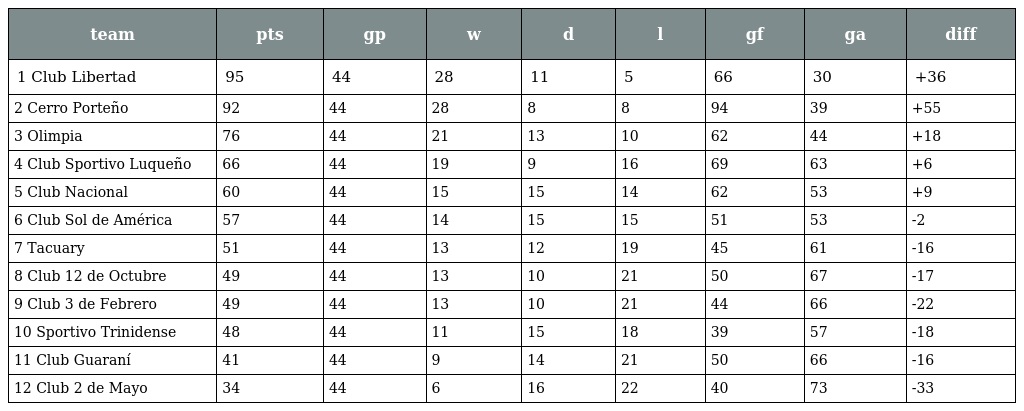
| team | pts | gp | w | d | l | gf | ga | diff |
 | --- | --- | --- | --- | --- | --- | --- | --- | --- |
 | 1 Club Libertad | 95 | 44 | 28 | 11 | 5 | 66 | 30 | +36 |
 | 2 Cerro Porteño | 92 | 44 | 28 | 8 | 8 | 94 | 39 | +55 |
 | 3 Olimpia | 76 | 44 | 21 | 13 | 10 | 62 | 44 | +18 |
 | 4 Club Sportivo Luqueño | 66 | 44 | 19 | 9 | 16 | 69 | 63 | +6 |
 | 5 Club Nacional | 60 | 44 | 15 | 15 | 14 | 62 | 53 | +9 |
 | 6 Club Sol de América | 57 | 44 | 14 | 15 | 15 | 51 | 53 | -2 |
 | 7 Tacuary | 51 | 44 | 13 | 12 | 19 | 45 | 61 | -16 |
 | 8 Club 12 de Octubre | 49 | 44 | 13 | 10 | 21 | 50 | 67 | -17 |
 | 9 Club 3 de Febrero | 49 | 44 | 13 | 10 | 21 | 44 | 66 | -22 |
 | 10 Sportivo Trinidense | 48 | 44 | 11 | 15 | 18 | 39 | 57 | -18 |
 | 11 Club Guaraní | 41 | 44 | 9 | 14 | 21 | 50 | 66 | -16 |
 | 12 Club 2 de Mayo | 34 | 44 | 6 | 16 | 22 | 40 | 73 | -33 |